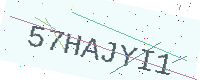
Text: 57HAJYI1